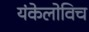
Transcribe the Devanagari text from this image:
यंकेलोविच